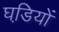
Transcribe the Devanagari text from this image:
घडि़यों